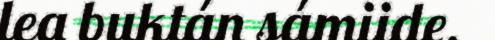
lea buktán sámiide.